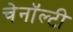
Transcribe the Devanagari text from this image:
चेनॉल्टी